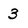
Character: 3